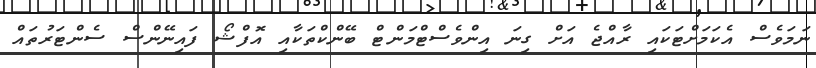
ނަމަވެސް އެކަމަށްޓަކައި ރާއްޖެ އަށް ގިނަ އިންވެސްޓްމަންޓް ބޭންކްތަކާއި އޮފްޝޯ ފައިނޭންސް ސެންޓަރުތައް